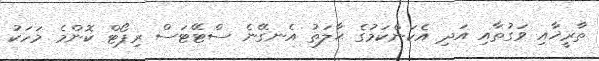
ތާރީޚާއި ވަގުތާއި އަދި އެކަންކަމުގެ ޙާލަތު އެނގޭނެ ސްޓޭޓަސް ރިޕޯޓް ކޮންމެ މަހަކު